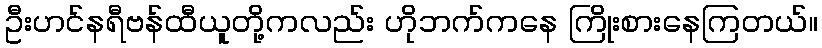
ဦးဟင်နရီဗန်ထီယူတို့ကလည်း ဟိုဘက်ကနေ ကြိုးစားနေကြတယ်။